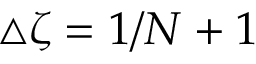
\triangle \zeta = 1 / N + 1